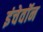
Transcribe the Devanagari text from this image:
इंचेवॉन